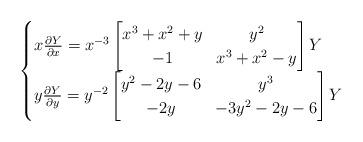
LaTeX: \begin{align*}\begin{cases}x \frac{\partial Y}{\partial x} = x^{-3} \begin{bmatrix} x^3+ x^2+y & y^2 \\ -1 & x^3 + x^2 -y \end{bmatrix} Y \\y \frac{\partial Y}{\partial y} = y^{-2} \begin{bmatrix} y^2 -2 y -6 & y^3 \\ -2 y & -3 y^2 -2 y -6 \end{bmatrix}Y \end{cases} \end{align*}